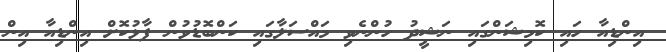
އިންޑިއާ ހައި ކޮމިޝަންގައި ނަޝީދު ހުންނެވި މައްސަލާގައި ކަންބޮޑުވުން ފާޅުކޮށް އިންޑިއާ އިން